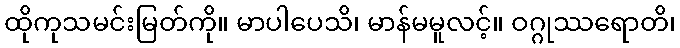
ထိုကုသမင်းမြတ်ကို။ မာပါပေသိ၊ မာန်မမူလင့်။ ဝဂ္ဂုဿရောတိ၊